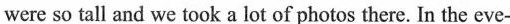
were so tall and we took a lot of photos there. In the eve-